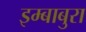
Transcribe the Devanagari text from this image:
इम्बाबुरा